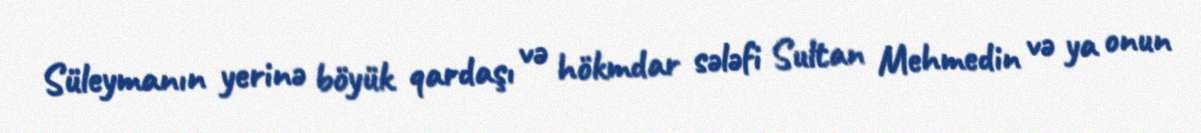
Süleymanın yerinə böyük qardaşı və hökmdar sələfi Sultan Mehmedin və ya onun